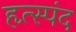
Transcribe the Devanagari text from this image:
हृत्स्पंद